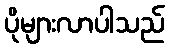
ပိုများလာပါသည်